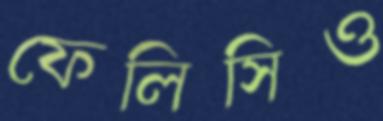
ফেলিসিও